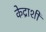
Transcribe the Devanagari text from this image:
केद्राशी